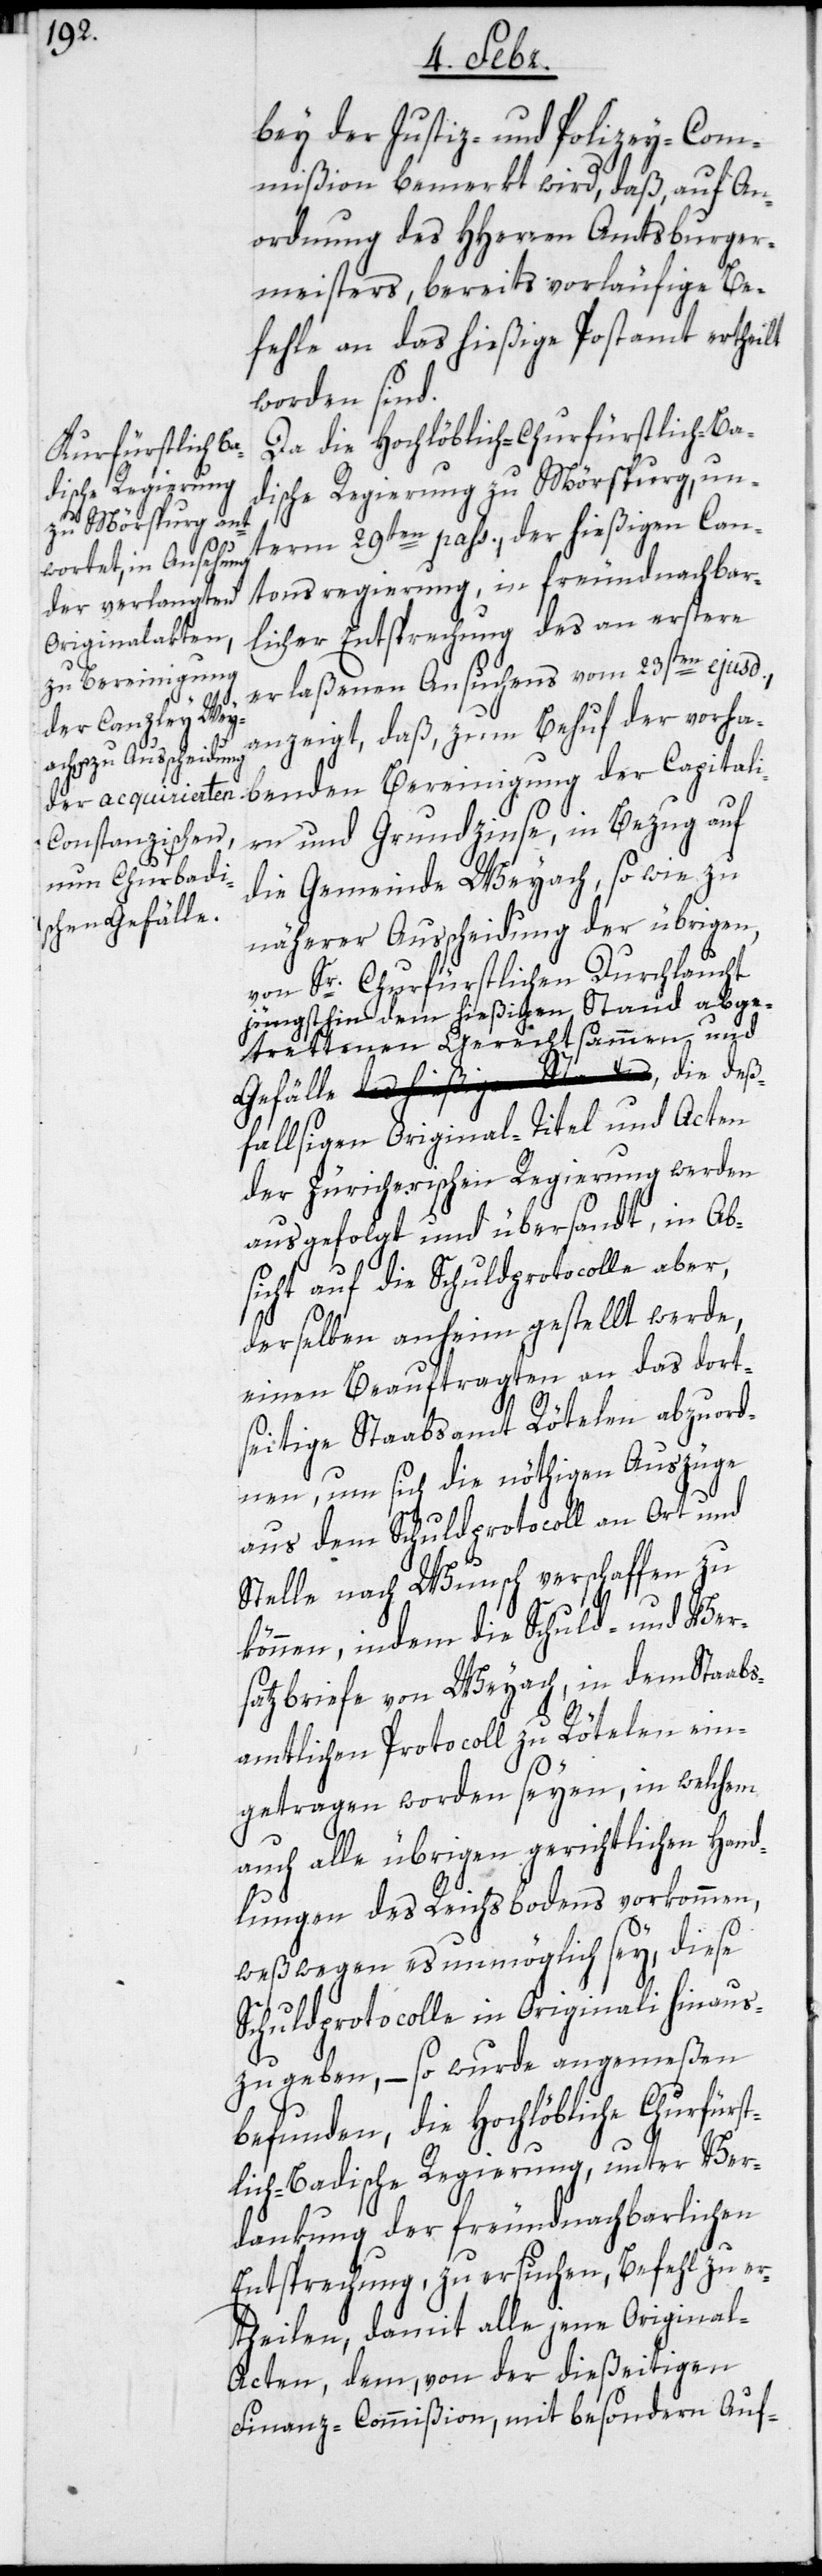
bey der Justiz- und Polizey-Com¬
mißion bemerkt wird, daß auf An¬
ordnung des HHerren Amtsburger¬
meisters, bereits vorläufige Be¬
fehle an das hießige Postamt ertheilt
worden sind.
Da die Hochlöblich-Churfürstlich-Ba¬
dische Regierung zu Mörspurg, un¬
term 29sten pass., der hießigen Can¬
tonsregierung, in freundnachbar¬
licher Entsprechnung des an erstere
nden Bereinigung
erlaßenen Ansuchens vom 23sten ejusd.,
anzeigt, daß, zum Behuf der vorhabe¬
und Grundzinse, in Bezug auf
die Gemeinde Weyach, so wie zu
näherer Ausscheidung der übrigen,
von Sr. Churfüstlichen Durchlaucht
jüngsthin dem hießigen Stand abge¬
trettenen Gerechtsammen und
Gefälle, die deß¬
fallsigen Original-Titel und Acten
der zürcherischen Regierung werden
ausgefolgt und übersandt, in Ab¬
sicht auf die Schuldprotocolle aber,
derselben anheim gestellt werde,
einen Beauftragten an das dort¬
seitige Staabsamt Rötelen abzuord¬
nen, um sich die nöthigen Auszüge
aus dem Schuldprotocoll an Ort und
Stelle nach Wunsch verschaffen zu
können, indem die Schuld- und Ver¬
satzbriefe von Weyach, in dem Staabs¬
amtlichen Protocoll zu Rötelen ein¬
getragen worden seyen, in welchem
auch alle übrigen gerichtlichen Hand¬
lungen des Reichsbodens vorkommen,
weßwegen es unmöglich sey, diese
Schuldprotocolle in Originali hinaus¬
zugeben, – so wurde angemeßen
befunden, die Hochlöbliche Churfürst¬
lich-Badische Regierung, unter Ver¬
dankung der freundnachbarlichen
Entsprechung, zu ersuchen, Befehl zu er¬
theilen, damit alle jene Origina¬
l-Acten, dem, von der dießeitigen
Finanz-Commißion, mit besondern Auf-